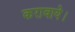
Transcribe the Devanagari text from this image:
करावाये।